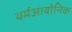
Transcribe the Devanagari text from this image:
थर्मआयोनिक